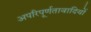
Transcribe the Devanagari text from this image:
अपरिपूर्णतावादियों